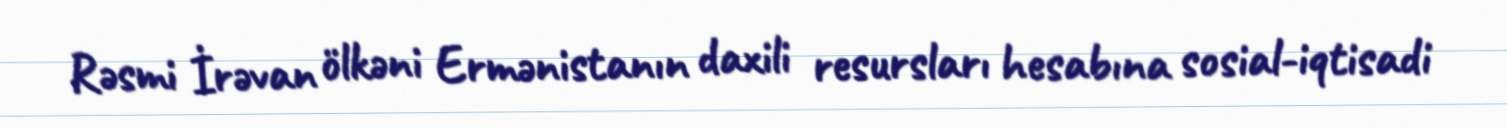
Rəsmi İrəvan ölkəni Ermənistanın daxili resursları hesabına sosial-iqtisadi